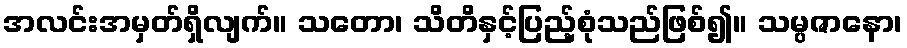
အလင်းအမှတ်ရှိလျက်။ သတော၊ သိတိနှင့်ပြည့်စုံသည်ဖြစ်၍။ သမ္ပဇာနော၊